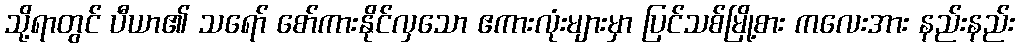
သို့ရာတွင် ပီယာ၏ သရော် စော်ကားနိုင်လှသော ဧကားလုံးများမှာ ပြင်သစ်မြို့စား ကလေးအား နည်းနည်း